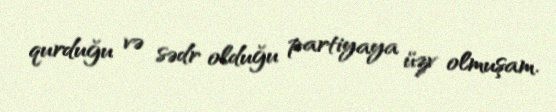
qurduğu və sədr olduğu partiyaya üzv olmuşam.